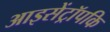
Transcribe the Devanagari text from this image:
आइसेंट्रॉपकि